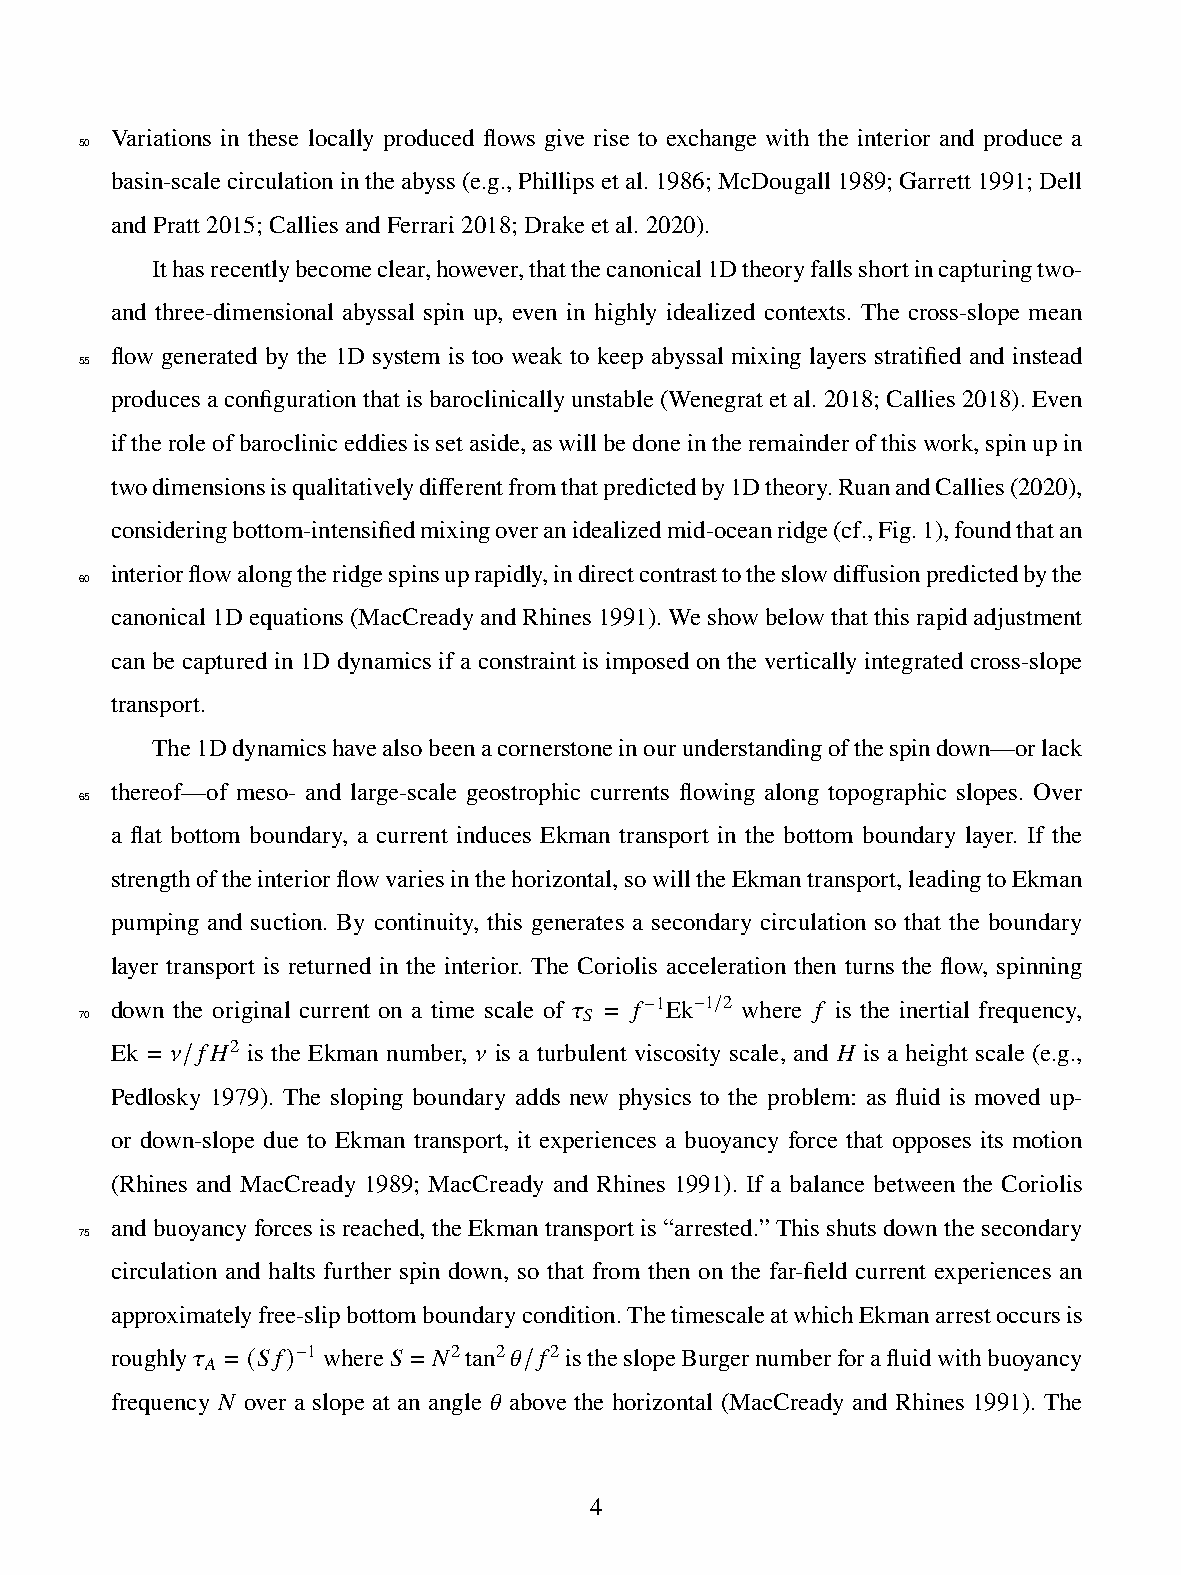
Variations in these locally produced flows give rise to exchange with the interior and produce a
 50
 basin-scalecirculationintheabyss(e.g.,Phillipsetal.1986;McDougall1989;Garrett1991;Dell
 andPratt2015;CalliesandFerrari2018;Drakeetal.2020).
 Ithasrecentlybecomeclear,however,thatthecanonical1Dtheoryfallsshortincapturingtwo-
 and three-dimensional abyssal spin up, even in highly idealized contexts. The cross-slope mean
 flow generated by the 1D system is too weak to keep abyssal mixing layers stratified and instead
 55
 producesaconfigurationthatisbaroclinicallyunstable(Wenegratetal.2018;Callies2018).Even
 iftheroleofbarocliniceddiesissetaside,aswillbedoneintheremainderofthiswork,spinupin
 twodimensionsisqualitativelydifferentfromthatpredictedby1Dtheory.RuanandCallies(2020),
 consideringbottom-intensifiedmixingoveranidealizedmid-oceanridge(cf.,Fig.1),foundthatan
 interiorflowalongtheridgespinsuprapidly,indirectcontrasttotheslowdiffusionpredictedbythe
 60
 canonical1Dequations(MacCreadyandRhines1991).Weshowbelowthatthisrapidadjustment
 can be captured in 1D dynamics if a constraint is imposed on the vertically integrated cross-slope
 transport.
 The1Ddynamicshavealsobeenacornerstoneinourunderstandingofthespindown—orlack
 thereof—of meso- and large-scale geostrophic currents flowing along topographic slopes. Over
 65
 a flat bottom boundary, a current induces Ekman transport in the bottom boundary layer. If the
 strengthoftheinteriorflowvariesinthehorizontal,sowilltheEkmantransport,leadingtoEkman
 pumping and suction. By continuity, this generates a secondary circulation so that the boundary
 layer transport is returned in the interior. The Coriolis acceleration then turns the flow, spinning
 down the original current on a time scale of 𝜏 = 𝑓 1Ek 1 2 where 𝑓 is the inertial frequency,
 70                                𝑆   −  − /
 Ek = 𝜈 𝑓𝐻2 is the Ekman number, 𝜈 is a turbulent viscosity scale, and 𝐻 is a height scale (e.g.,
 /
 Pedlosky 1979). The sloping boundary adds new physics to the problem: as fluid is moved up-
 or down-slope due to Ekman transport, it experiences a buoyancy force that opposes its motion
 (Rhines and MacCready 1989; MacCready and Rhines 1991). If a balance between the Coriolis
 andbuoyancyforcesisreached,theEkmantransportis“arrested.”Thisshutsdownthesecondary
 75
 circulation and halts further spin down, so that from then on the far-field current experiences an
 approximatelyfree-slipbottomboundarycondition.ThetimescaleatwhichEkmanarrestoccursis
 roughly𝜏 = 𝑆𝑓 1 where𝑆 = 𝑁2tan2𝜃 𝑓2 istheslopeBurgernumberforafluidwithbuoyancy
 𝐴     −
 (  )               /
 frequency 𝑁 over a slope at an angle 𝜃 above the horizontal (MacCready and Rhines 1991). The
 4